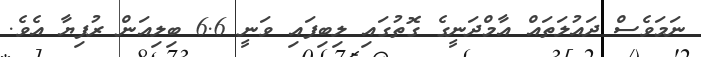
ނަމަވެސް ދައުލަތައް އާމްދަނީގެ ގޮތުގައި ލިބިފައި ވަނީ 6.6 ބިލިއަން ރުފިޔާ އެވެ.